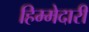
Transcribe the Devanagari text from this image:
हिम्मेदारी